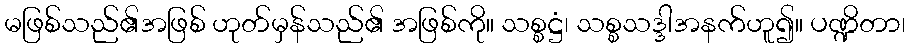
မဖြစ်သည်၏အဖြစ် ဟုတ်မှန်သည်၏ အဖြစ်ကို။ သစ္စဋ္ဌံ၊ သစ္စသဒ္ဒါအနက်ဟူ၍။ ပဏ္ဍိတာ၊